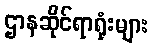
ဌာနဆိုင်ရာရုံးများ